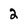
Character: 2